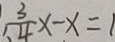
_ { 1 、 } \frac { 3 } { 4 } x - x = 1